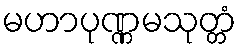
မဟာပုဏ္ဏမသုတ္တံ